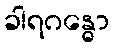
ခါရဂန္ဓော